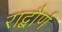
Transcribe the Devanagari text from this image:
राद्बौर्ण